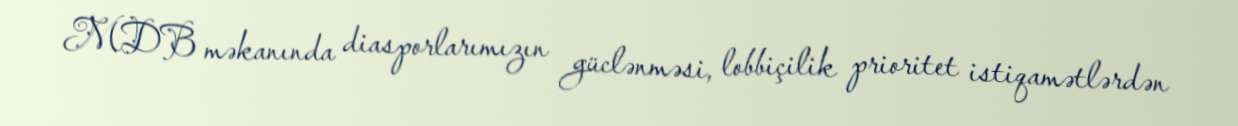
MDB məkanında diasporlarımızın güclənməsi, lobbiçilik prioritet istiqamətlərdən